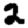
Digit: 2